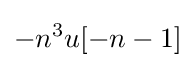
-n^{3}u[-n-1]